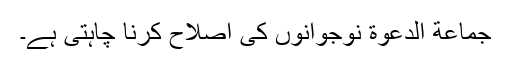
جماعة الدعوة نوجوانوں کی اصلاح کرنا چاہتی ہے۔